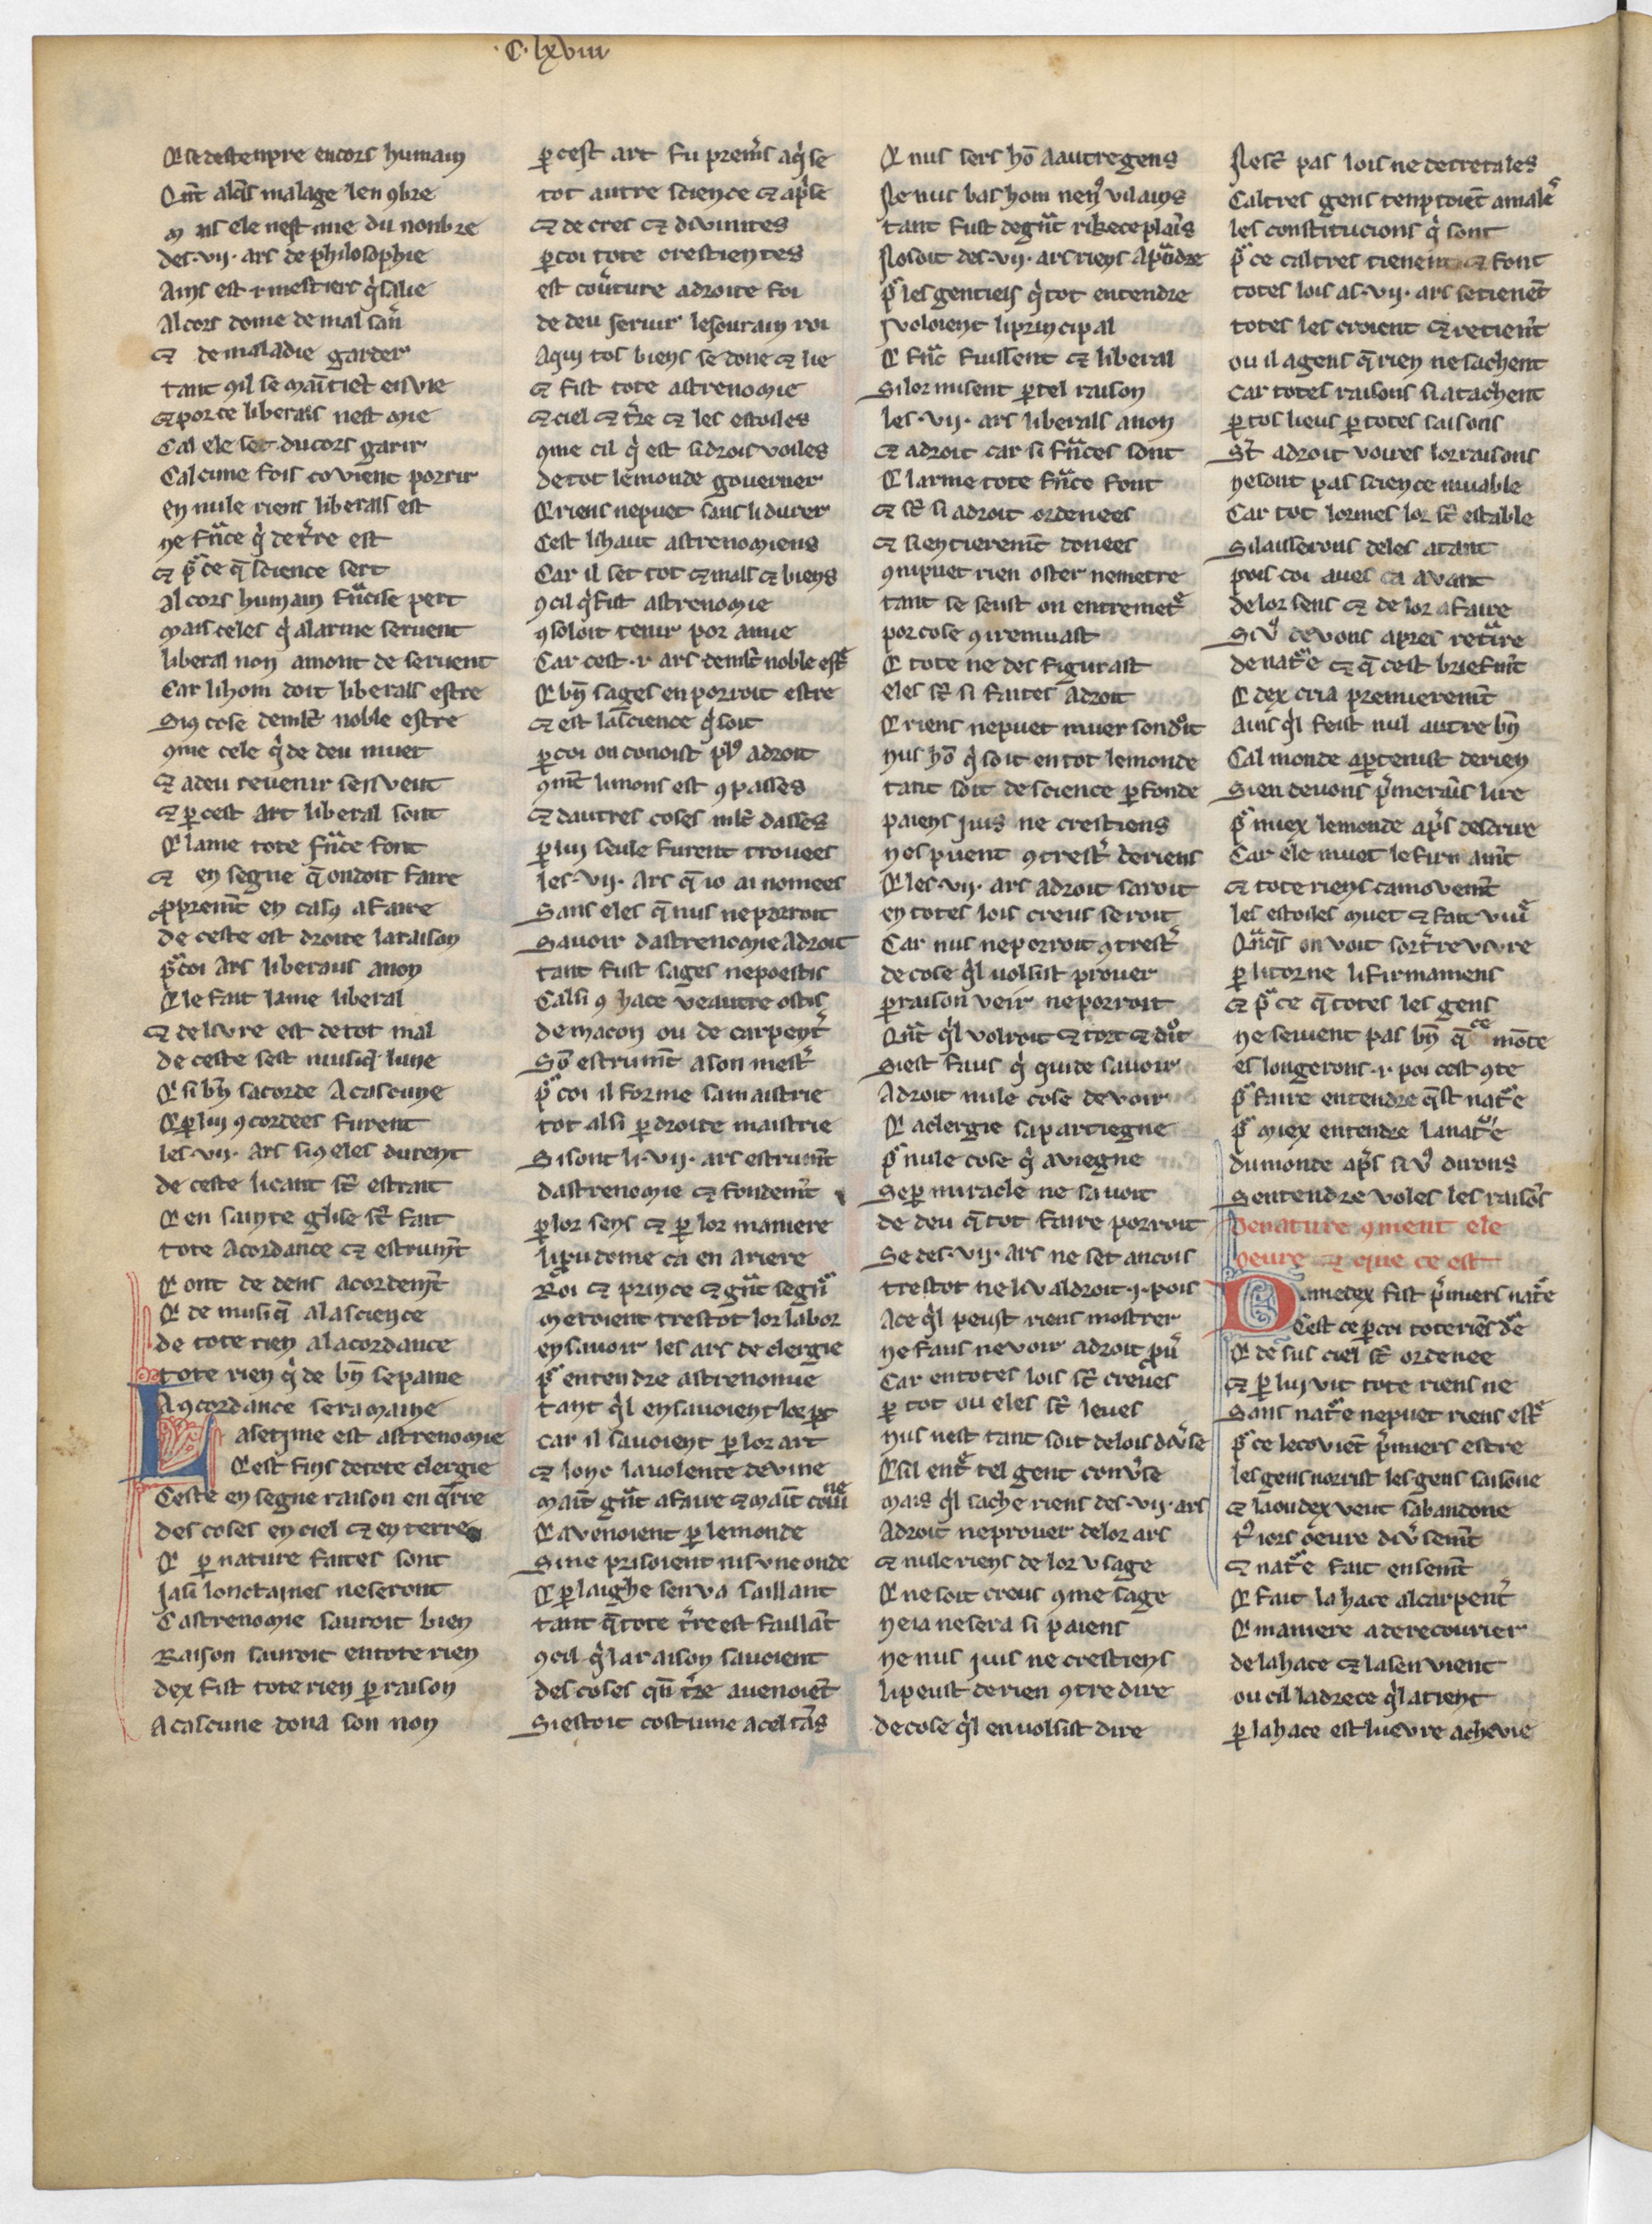
Shelfmark: Paris, BnF, Arsenal 3516
Century: 13